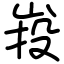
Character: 𡷠